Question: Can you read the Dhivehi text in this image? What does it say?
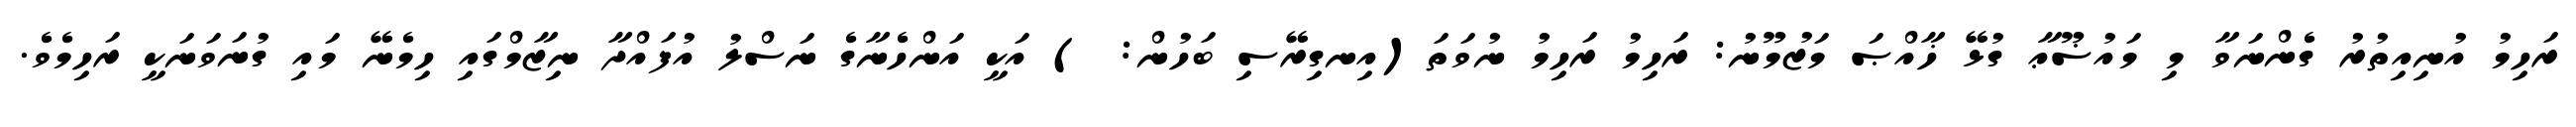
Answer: ރަހިމު އުނިއިތުރު ގެންނަވާ މި މައުޟޫޢާ ގުޅޭ ޚާއްޞަ މަޒުމޫނު: ރަހިމު ރަހިމު ނުވަތަ(އިނގިރޭސި ބަހުން: ) އަކީ އަންހެނާގެ ނަސްލު އުފައްދާ ނިޒާމްގައި ހިމެނޭ މައި ގުނަވަނަކީ ރަހިމެވެ.